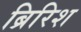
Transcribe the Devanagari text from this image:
ब्रिरिश